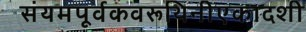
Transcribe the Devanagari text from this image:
संयमपूर्वकवरूथिनीएकादशी